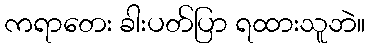
ကရာတေး ခါးပတ်ပြာ ရထားသူဘဲ။